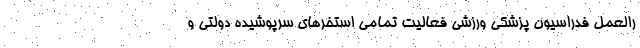
رالعمل فدراسیون پزشکی ورزشی فعالیت تمامی استخرهای سرپوشیده دولتی و